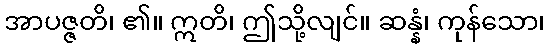
အာပဇ္ဇတိ၊ ၏။ ဣတိ၊ ဤသို့လျင်။ ဆန္နံ၊ ကုန်သော၊